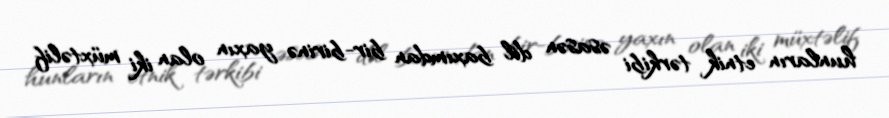
hunların etnik tərkibi əsasən dil baxımdan bir-birinə yaxın olan iki müxtəlif